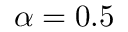
\alpha = 0 . 5